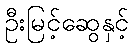
ဦးမြင့်ဆွေနှင့်